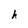
Character: h